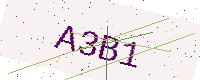
Text: A3B1